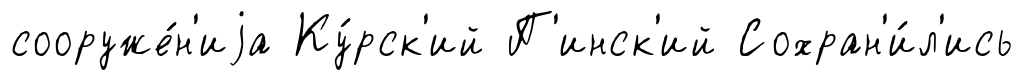
сооруже́н'иjа Ку́рск'ий П'инск'ий Сохран'и́л'ись